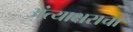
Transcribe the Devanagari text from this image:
अंत्याक्षराचा